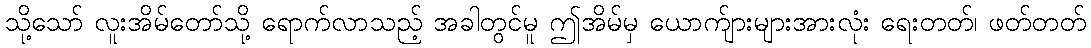
သို့သော် လူးအိမ်တော်သို့ ရောက်လာသည့် အခါတွင်မူ ဤအိမ်မှ ယောက်ျားများအားလုံး ရေးတတ်၊ ဖတ်တတ်